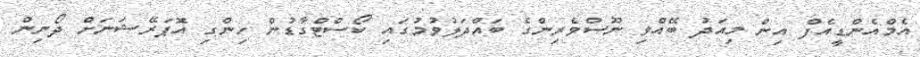
އެމްއެންޑީއެފް އިން މިއަދު ބޭއްވި ނޫސްވެރިންގެ ބައްދަލުވުމުގައި ކޯސްޓްގާޑުން ހިންގި އޮޕަރޭޝަނަށް ދޯނިން